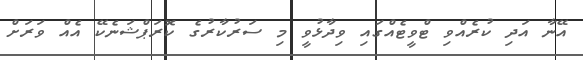
އޭނާ އަދި ކުރެއްވި ޓްވީޓެއްގައި ވިދާޅުވީ މި ސަރުކާރުގެ ކޮރަޕްޝަނެކޭ އެއް ވަރަށް